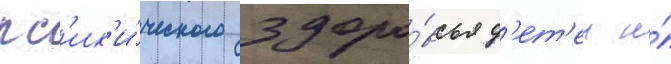
пс'их'и́ческого здоро́вья д'ет'еи и́